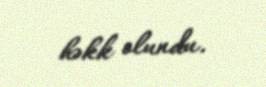
həkk olundu.